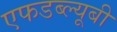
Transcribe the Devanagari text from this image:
एफडब्ल्यूबी